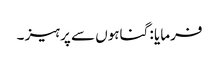
فرمایا : گناہوں سے پرہیز ۔